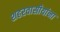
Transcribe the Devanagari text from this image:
शहरवासीयांना